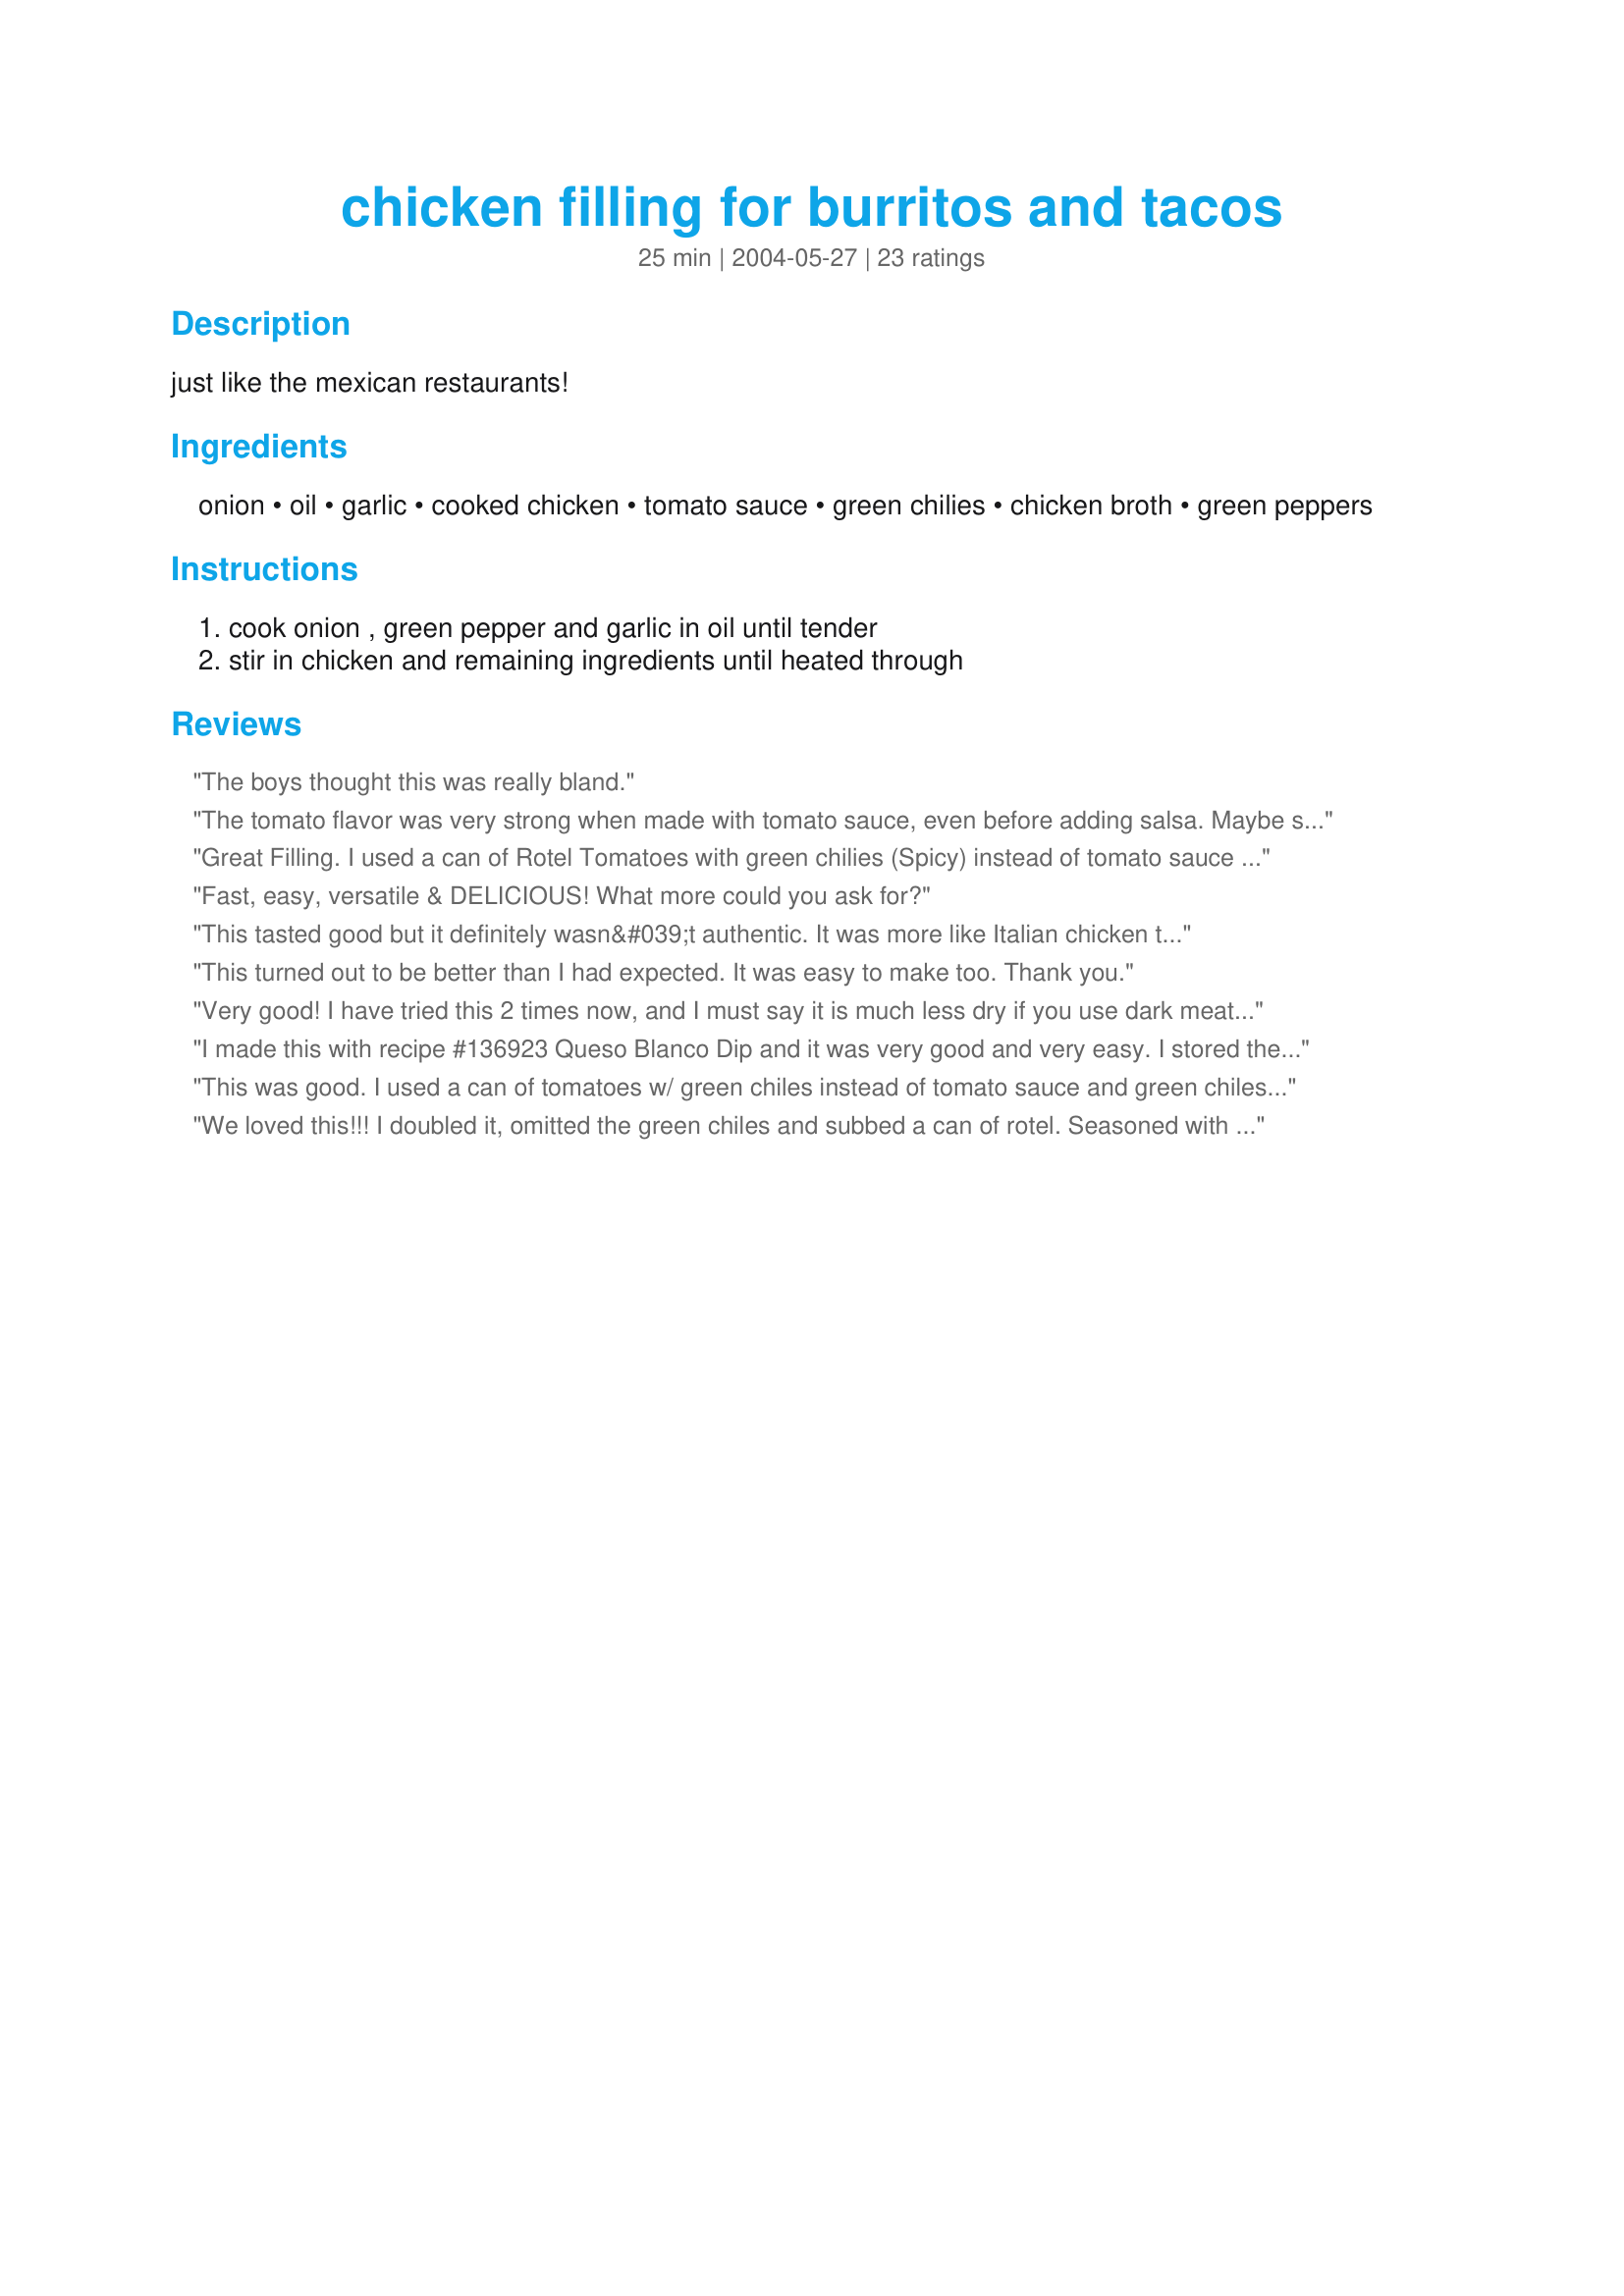
chicken filling for burritos and tacos
Preparation time: 25 minutes

just like the mexican restaurants!

Ingredients:
onion, oil, garlic, cooked chicken, tomato sauce, green chilies, chicken broth, green peppers

Steps:
cook onion , green pepper and garlic in oil until tender, stir in chicken and remaining ingredients until heated through

Reviews:
The boys thought this was really bland.
The tomato flavor was very strong when made with tomato sauce, even before adding salsa. Maybe spicy diced tomatoes would have worked better. Certainly not the savory chicken flavor I associate with burrito filling. My wife enjoyed it, though.<br/><br/>- Revised rating: I had some of the leftovers by themselves, not remembering what they were, and when I didn't expect it to be "burrito filling," it was actually pretty good. Sort of like an Italian chicken casserole. I may try it over spaghetti.
Great Filling. I used a can of Rotel Tomatoes with green chilies (Spicy) instead of tomato sauce and the green chilies - whoa baby!!! I will make tacos the EXACT same way next time! Thanks for sharing
Fast, easy, versatile & DELICIOUS! What more could you ask for?
This tasted good but it definitely wasn&#039;t authentic. It was more like Italian chicken to go with pasta. I added some cumin which helped, but it still wasn&#039;t what I would use for tacos. A thinner Mexican tomato sauce like Rotel or even a small can of red salsa would work better.
This turned out to be better than I had expected. It was easy to make too. Thank you.
Very good! I have tried this 2 times now, and I must say it is much less dry if you use dark meat. A great quick fix that keeps me from having to go to Taco Cabana.
I made this with recipe #136923 Queso Blanco Dip and it was very good and very easy. I stored the left overs in the fridge for great burritos all week long.
This was good. I used a can of tomatoes w/ green chiles instead of tomato sauce and green chiles. Also, just to suit my family's taste, I added a packet of taco seasoning. The sauted veggies with the chicken were awesome!
We loved this!!! I doubled it, omitted the green chiles and subbed a can of rotel. Seasoned with cumin and chipotle chili powder. Had some breasts and some thighs that I boiled and shredded. I used the broth from the chicken and added some boullion. I simmered, covered on the stove for 40 minutes or so and then took the lid off to reduce the sauce for about 15 more minutes. Served on soft flour tortillas... really fabulous... will absolutely be making again and again!
This was amazing. I took the advice of others and added a bit of cumin and cayenne pepper. Definitely made the difference. Had tons leftover and it was just as good reheated.
I love this chicken! I have made it a couple times. Its to mild for me but I just add a bunch of tapatio and its perfect. Its great with fried corn tortillas lettuce and cheese. Thanks so much for such a great recipe!
I used chicken thighs for this. I cooked them first, and saved the broth. I added cumin and some cayenne pepper. It turned out wonderfully! Thanks for posting.
Made it the first time verbatim.
Delicious.
Second time I added 1 heaping tablespoon of taco seasoning and I thought it was even better.
Thanks for the recipe!
This was pretty good. I also used Rotel tomatoes and added taco seasoning. I had to leave out the peppers due to picky children, but I may add orange bell pepper strips next time. I'll have to tinker with this one a bit. Thanks!
These was great, it was very similar to another recipe I make called "Chicken Tortilla Soup" because it had a lot of the same ingredients. I did change it up a bit. I baked the chicken in the oven and then combined it with Rotel Original, minced garlic (1-2 tablespoons, 1/4 cup onion, and some chicken broth that was made from chicken bouillon cubes. I did not put in the green peppers. I also added cilantro (fresh would have been even better but all I had was dried) and I put in quite a bit of cumin. I enjoyed eating the chicken mixture with hard taco shells while my husband enjoyed eating it with soft tortilla shells. I also served this with an excellent cheese dip which I am waiting on the recipe to be posted so once it is, I will reference it and add it to the review. Thanks for a recipe that allows us to eat chicken tacos without the seasoning packet from the store. Much, much, better! Next time, I plan to cook the chicken by having it simmer in the pan with the other ingredients.
This was a good mild chicken filling. The kids didn't like it so much for tacos (they prefer regular ground beef) but the leftovers were great in King Ranch Chicken. Thanks for the recipe!
VERY good and so easy! I took a page from NcMysteryShopper and used a can of Ro-Tel diced tomatoes and green chiles in lieu of the tomato sauce and chiles. Turned out so good! Thanks for sharing!
I added some cumin, ancho chile powder, sea salt and pepper to the recipe. I also used hot green chiles and subbed a can of Ro-tel habanero tomatoes for the tomato sauce (we live in Phoenix and like it hot!) I made them with a mild white quesadilla cheese.
We also fried them up in oil like chimichangas and ate them with cool sour cream on top. Yummy!
Great flavor! I liked that this wasn't spicy so was perfect for my kids. I used rotisserie chicken and omitted the green peppers. I used this in baked burritos along with pinto beans, rice and cheese. I will definitely make this again. Thanks for posting!
I used rotel tomatoes with green chilies instead of the tomato sauce and chopped chilies. We had in soft tortillas rolled up, and I added in Mexican Rice, sour cream and salsa before assembling the burritos. They sure were big! Everyone here raved about them, and asked to have them again, so we will do that soon again!
This is pretty good, but it took a bit longer than 25 minutes because I wanted it to thicken up and be less watery. Next time I will use less of the broth. I also used a can of tomatoes with chilies in it.
I made it exactly the way it was written.. YUMMY! Even the kids loved it. Thanks
